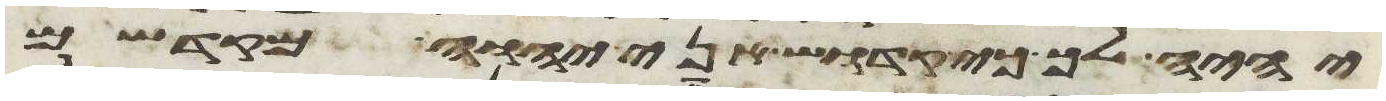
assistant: יהיה לך כי קדוש אני יהוה מקדשם